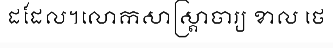
ដដែល។លោកសាស្ត្រាចារ្យ ខាល ថេ